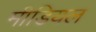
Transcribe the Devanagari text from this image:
मीडियल